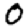
Digit: 0